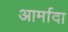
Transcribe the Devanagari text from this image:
आर्मादा